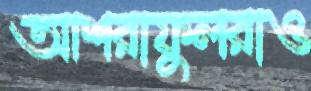
আশরাফুলরাও